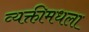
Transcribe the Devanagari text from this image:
व्यक्तीमधला